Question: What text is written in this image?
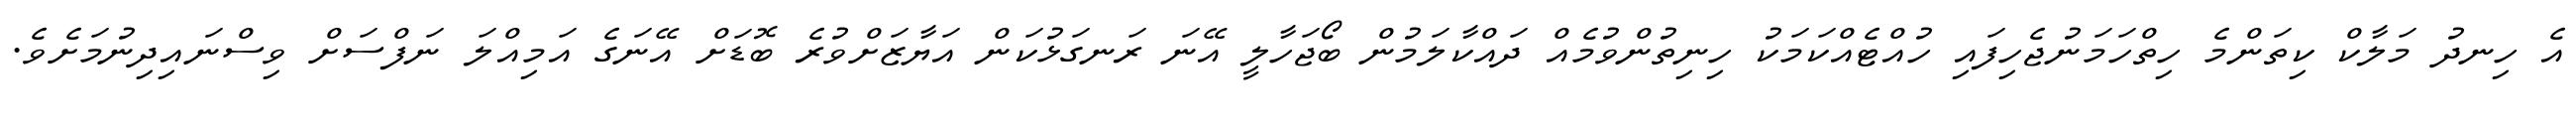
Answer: އެ ހިނދު މަލާކް ކިތަންމެ ހިތްހަމަނުޖެހިފައި ހުއްޓެއްކަމަކު ހިނިތުންވުމެއް ދައްކާލަމުން ބޯޖަހާލީ އޭނަ ރަނގަޅުކަން އަޔާޒަށްވުރެ ބޮޑަށް އޭނަގެ އަމިއްލަ ނަފްސަށް ވިސްނައިދިނުމަށެވެ.